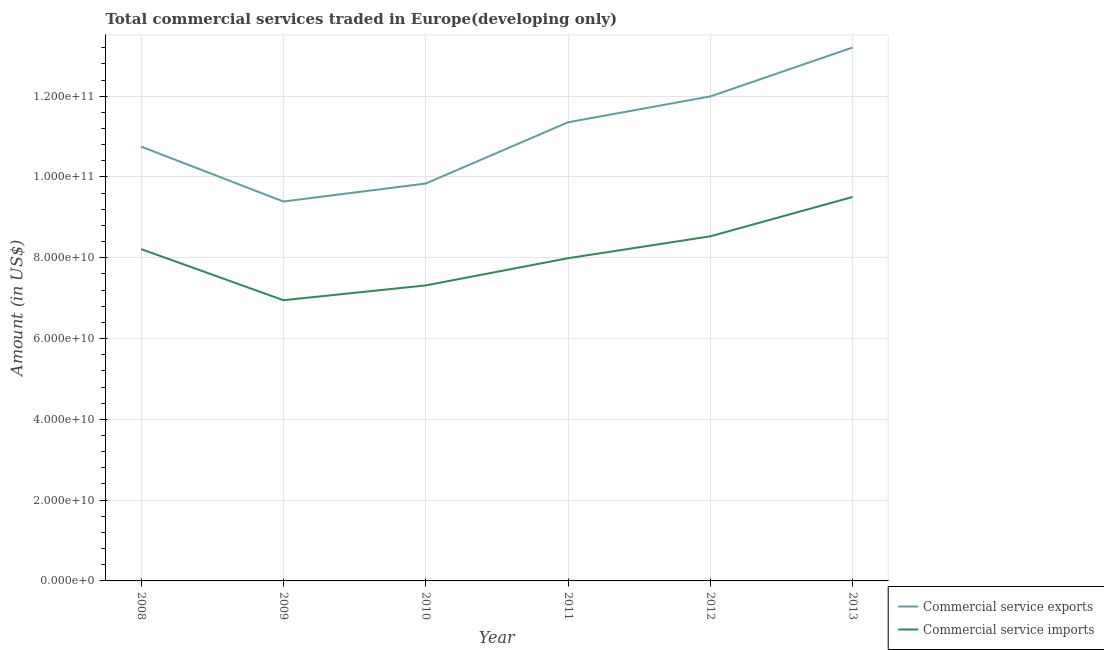
| Year | Commercial service exports | Commercial service imports |
 | --- | --- | --- |
 | 2008 | 1.08e+11 | 8.21e+10 |
 | 2009 | 9.39e+10 | 6.95e+10 |
 | 2010 | 9.84e+10 | 7.32e+10 |
 | 2011 | 1.14e+11 | 7.99e+10 |
 | 2012 | 1.2e+11 | 8.53e+10 |
 | 2013 | 1.32e+11 | 9.51e+10 |